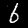
Digit: 6